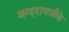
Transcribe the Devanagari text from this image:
नन्दरायजीके